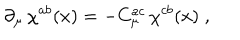
LaTeX: \partial _ { \mu } \, \chi ^ { a b } ( x ) = - C _ { \mu } ^ { a c } \, \chi ^ { c b } ( x ) \; ,